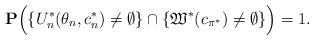
LaTeX: \begin{align*}\mathbf{P}\Big( \{U^*_{n}(\theta_{n},c^{*}_{n})\neq \emptyset \} \cap \{ \mathfrak{W}^*(c_{\pi^*})\neq \emptyset\} \Big)=1.\end{align*}